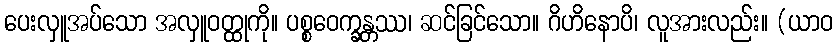
ပေးလှူအပ်သော အလှူဝတ္ထုကို။ ပစ္စဝေက္ခန္တဿ၊ ဆင်ခြင်သော။ ဂိဟိနောပိ၊ လူအားလည်း။ (ယာဝ